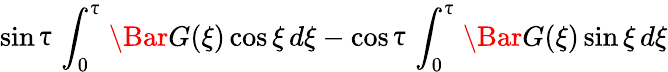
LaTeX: \sin{\uptau}\int_{0}^{\uptau}\Bar{G}(\xi)\cos{\xi}\, d\xi-\cos{\uptau}\int_{0}^{\uptau}\Bar{G}(\xi)\sin{\xi}\, d\xi